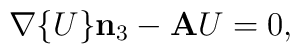
\mathbf{\nabla}\{U\}\mathbf{n}_3-\mathbf{A}U=0,